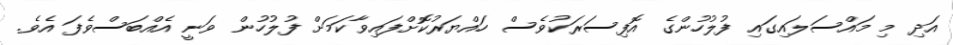
އަދި މި މައްސަލައިގައި ފުލުހުންގެ އޮފިސަރަކުވެސް ހައްޔަރުކޮށްފައިވާކަމަށް ފުލުހުން ވަނީ އެއްބަސްވެފަ އެވެ.